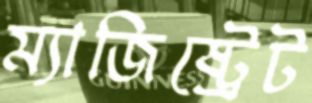
ম্যাজিষ্ট্রেট